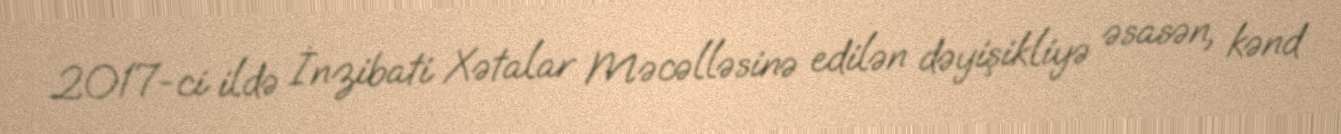
2017-ci ildə İnzibati Xətalar Məcəlləsinə edilən dəyişikliyə əsasən, kənd